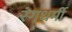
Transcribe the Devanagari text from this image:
रंगधर्मी